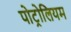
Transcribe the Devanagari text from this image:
पोट्रोलियम